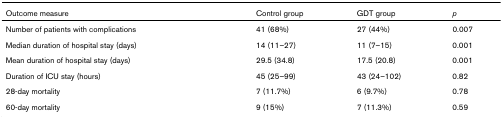
<table><thead><tr><td><b>Outcome measure</b></td><td><b>Control group</b></td><td><b>GDT group</b></td><td><b><i>p</i></b></td></tr></thead><tbody><tr><td>Number of patients with complications</td><td>41 (68%)</td><td>27 (44%)</td><td>0.007</td></tr><tr><td>Median duration of hospital stay (days)</td><td>14 (11–27)</td><td>11 (7–15)</td><td>0.001</td></tr><tr><td>Mean duration of hospital stay (days)</td><td>29.5 (34.8)</td><td>17.5 (20.8)</td><td>0.001</td></tr><tr><td>Duration of ICU stay (hours)</td><td>45 (25–99)</td><td>43 (24–102)</td><td>0.82</td></tr><tr><td>28-day mortality</td><td>7 (11.7%)</td><td>6 (9.7%)</td><td>0.78</td></tr><tr><td>60-day mortality</td><td>9 (15%)</td><td>7 (11.3%)</td><td>0.59</td></tr></tbody></table>